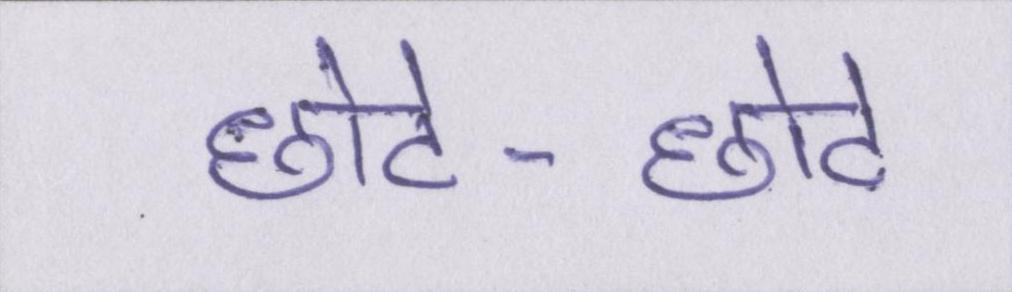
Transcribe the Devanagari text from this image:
छोटे-छोटे